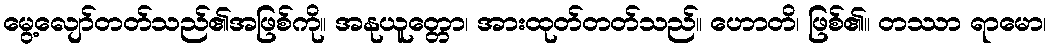
မွေ့လျော်တတ်သည်၏အဖြစ်ကို။ အနုယူတ္တော၊ အားထုတ်တတ်သည်။ ဟောတိ၊ ဖြစ်၏။ တဿာ ရာမော၊